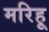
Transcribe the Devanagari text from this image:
मरिहू